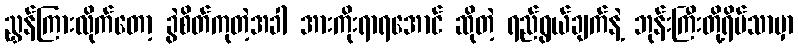
ညွှန်ကြားလိုက်တော့ ခွဲစိတ်ကုတဲ့အခါ အားကိုးရာရအောင် ဆိုတဲ့ ရည်ရွယ်ချက်နဲ့ ဘုန်းကြီးတို့ရိပ်သာမှာ